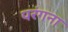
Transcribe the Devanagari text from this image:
परंगना